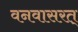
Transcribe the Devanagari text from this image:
वनवासरत्